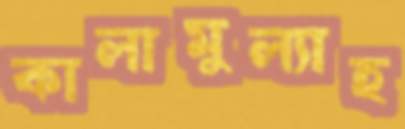
কালামুল্যাহ